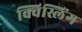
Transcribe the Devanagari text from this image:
क्विस्लिंग